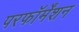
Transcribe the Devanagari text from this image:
परफॉर्मेंशन